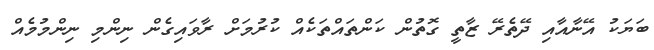
ބަޔަކު އޭނާއާއި ދޭތެރޭ ޒާތީ ގޮތުން ކަންތައްތަކެއް ކުރުމަށް ރާވައިގެން ނިންމި ނިންމުމެއް